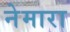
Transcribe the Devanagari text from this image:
नेमारा